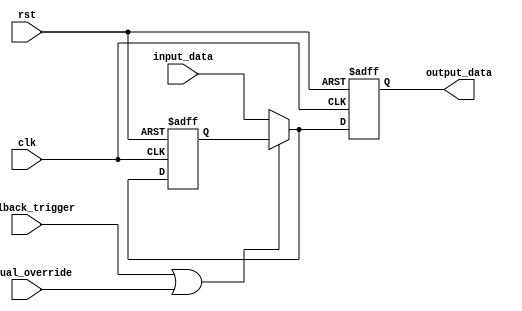
module fallback_bypass_register (
    input wire clk,
    input wire rst,
    input wire fallback_trigger,
    input wire manual_override,
    input wire [7:0] input_data,
    output reg [7:0] output_data
);

reg [7:0] fallback_data;

always @(posedge clk or posedge rst) begin
    if (rst) begin
        output_data <= 8'b0;
        fallback_data <= 8'b0;
    end else begin
        if (fallback_trigger || manual_override) begin
            output_data <= fallback_data;
        end else begin
            output_data <= input_data;
            fallback_data <= input_data;
        end
    end
end

endmodule